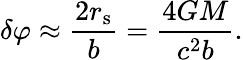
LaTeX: \delta\varphi\approx{\frac{2r_{\mathrm{{s}}}}{b}}={\frac{4GM}{c^{2}b}}.